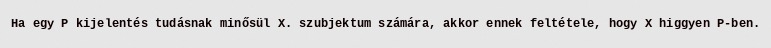
Ha egy P kijelentés tudásnak minősül X. szubjektum számára, akkor ennek feltétele, hogy X higgyen P-ben.